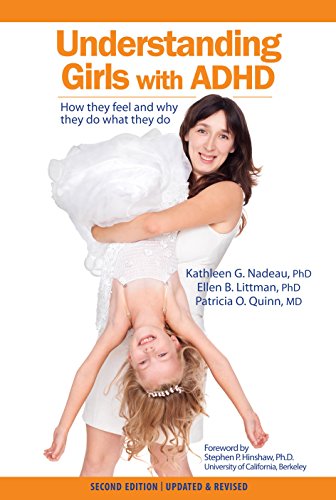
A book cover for Understanding Girls with ADHD, Updated and Revised: How They Feel and Why They Do What They Do; Kathleen Nadeau; Education & Teaching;